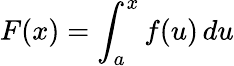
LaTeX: F(x)=\int_{a}^{x}f(u)\, du